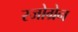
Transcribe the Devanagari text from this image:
स्जोग्रेन